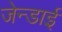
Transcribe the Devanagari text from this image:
जेन्‍डाई